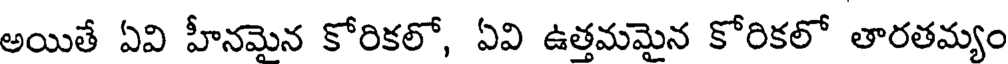
అయితే ఏవి హీనమైన కోరికలో, ఏవి ఉత్తమమైన కోరికలో తారతమ్యం